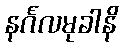
နင်္ဂလမုခါနိ